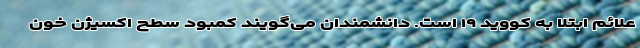
علائم ابتلا به کووید ۱۹ است. دانشمندان می‌گویند کمبود سطح اکسیژن خون